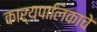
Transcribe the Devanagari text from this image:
कार्यपालिकाचे